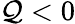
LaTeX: \mathcal{Q}<0